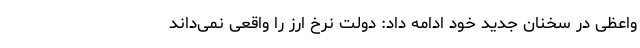
واعظی در سخنان جدید خود ادامه داد: دولت نرخ ارز را واقعی نمی‌داند